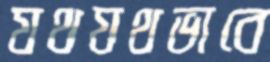
যথযথভাবে